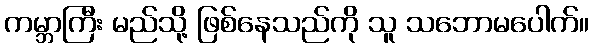
ကမ္ဘာကြီး မည်သို့ ဖြစ်နေသည်ကို သူ သဘောမပေါက်။